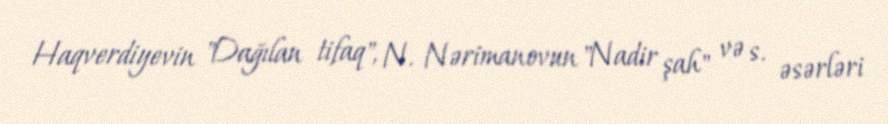
Haqverdiyevin "Dağılan tifaq", N. Nərimanovun "Nadir şah" və s. əsərləri